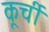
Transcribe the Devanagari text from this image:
कूर्ची